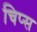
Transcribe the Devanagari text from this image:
चिप्‍स